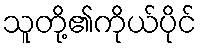
သူတို့၏ကိုယ်ပိုင်